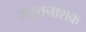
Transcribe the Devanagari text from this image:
अछूतनाशक